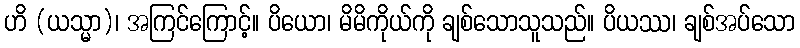
ဟိ (ယသ္မာ)၊ အကြင်ကြောင့်။ ပိယော၊ မိမိကိုယ်ကို ချစ်သောသူသည်။ ပိယဿ၊ ချစ်အပ်သော